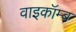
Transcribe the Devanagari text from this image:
वाइकॉम्ब